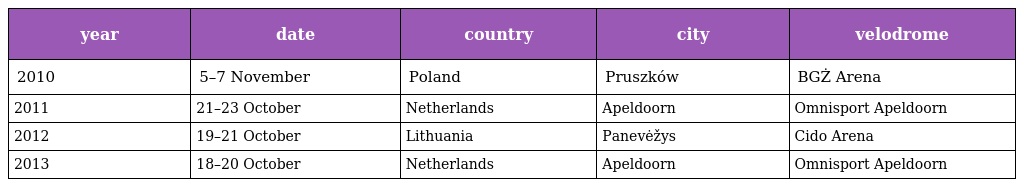
| year | date | country | city | velodrome |
 | --- | --- | --- | --- | --- |
 | 2010 | 5–7 November | Poland | Pruszków | BGŻ Arena |
 | 2011 | 21–23 October | Netherlands | Apeldoorn | Omnisport Apeldoorn |
 | 2012 | 19–21 October | Lithuania | Panevėžys | Cido Arena |
 | 2013 | 18–20 October | Netherlands | Apeldoorn | Omnisport Apeldoorn |